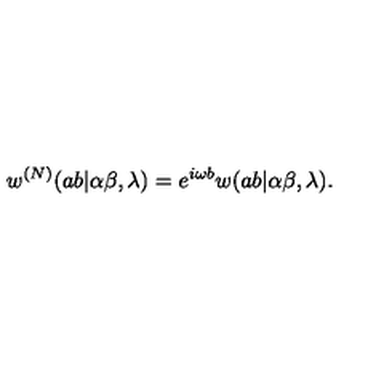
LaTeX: w ^ { ( N ) } ( a b | \alpha \beta , \lambda ) = e ^ { i \omega b } w ( a b | \alpha \beta , \lambda ) .